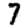
Digit: 7